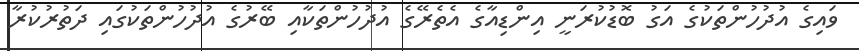
ވައިގެ އުދުހުންތަކުގެ އަގު ބޮޑުކުރަނީ އިންޑިއާގެ އެތެރޭގެ އުދުހުންތަކާއި ބޭރުގެ އުދުހުންތަކުގައި ދަތުރުކުރާ